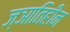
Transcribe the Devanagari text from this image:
ज्ञातिहीन